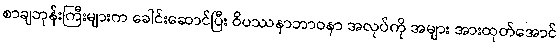
စာချဘုန်းကြီးများက ခေါင်းဆောင်ပြီး ဝိပဿနာဘာဝနာ အလုပ်ကို အများ အားထုတ်အောင်